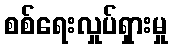
စစ်ရေးလှုပ်ရှားမှု